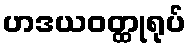
ဟဒယဝတ္ထုရုပ်